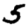
Digit: 5